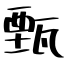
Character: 甄